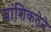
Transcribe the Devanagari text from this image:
वांशिकतेने